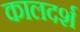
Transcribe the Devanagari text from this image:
कालदर्श